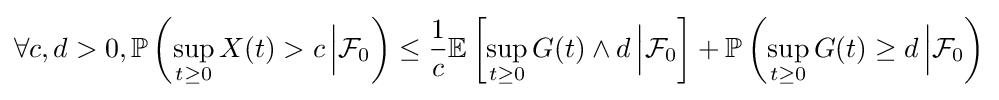
\forall c,d>0,\mathbb {P} \left(\sup _{t\geq 0}X(t)>c\,{\Big \vert }{\mathcal {F}}_{0}\right)\leq {\frac {1}{c}}\mathbb {E} \left[\sup _{t\geq 0}G(t)\wedge d\,{\Big \vert }{\mathcal {F}}_{0}\right]+\mathbb {P} \left(\sup _{t\geq 0}G(t)\geq d\,{\Big \vert }{\mathcal {F}}_{0}\right)